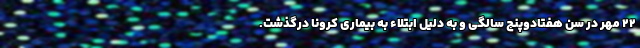
۲۲ مهر در سن هفتادوپنج سالگی و به دلیل ابتلاء به بیماری کرونا درگذشت.